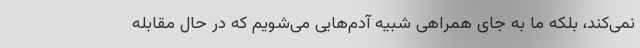
نمی‌کند، بلکه ما به جای همراهی شبیه آدم‌هایی می‌شویم که در حال مقابله